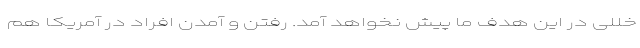
خللی در این هدف ما پیش نخواهد آمد. رفتن و آمدن افراد در آمریکا هم